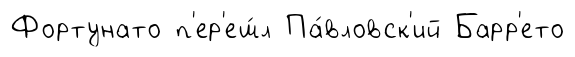
Фортунато п'ер'еш́л Па́вловск'ий Барр'ето